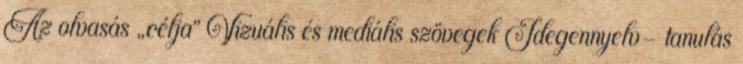
Az olvasás „célja” Vizuális és mediális szövegek Idegennyelv- tanulás